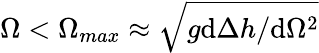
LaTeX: \Omega<\Omega_{max}\approx\sqrt{g\textrm{d}\Delta{h}/\textrm{d}\Omega^{2}}